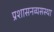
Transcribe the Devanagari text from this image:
प्रशासनव्यसस्था